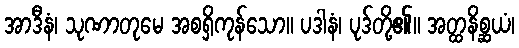
အာဒီနံ၊ သုဏာတုမေ အစရှိကုန်သော။ ပဒါနံ၊ ပုဒ်တို့၏။ အတ္ထနိစ္ဆယံ၊